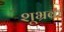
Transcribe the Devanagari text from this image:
शूभ्रक